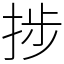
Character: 捗